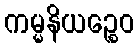
ကမ္မနိယဉ္စေဝ